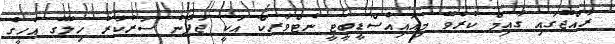
ރާއްޖޭގައި ގާއިމް ކުރެވޭ މިއައިއެސްޑީބީޓީ ނެޓްވާރކް އަކީ ޖަޕާނު ސަރުކާރު ހިލޭގެ އެހީގެ